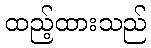
ထည့်ထားသည်